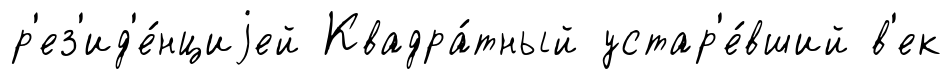
р'ез'ид'е́нциjей Квадра́тный устар'е́вший в'ек